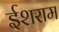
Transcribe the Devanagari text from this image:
ईशराम